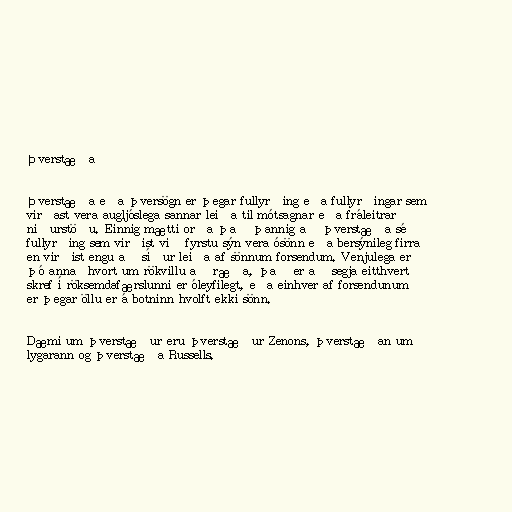
Þverstæða

Þverstæða eða þversögn er þegar fullyrðing eða fullyrðingar sem
virðast vera augljóslega sannar leiða til mótsagnar eða fráleitrar
niðurstöðu. Einnig mætti orða það þannig að þverstæða sé
fullyrðing sem virðist við fyrstu sýn vera ósönn eða bersýnileg firra
en virðist engu að síður leiða af sönnum forsendum. Venjulega er
þó annaðhvort um rökvillu að ræða, það er að segja eitthvert
skref í röksemdafærslunni er óleyfilegt, eða einhver af forsendunum
er þegar öllu er á botninn hvolft ekki sönn.

Dæmi um þverstæður eru þverstæður Zenons, þverstæðan um
lygarann og þverstæða Russells.